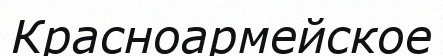
Красноармейское